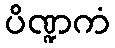
ပိဏ္ဍကံ